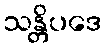
သန္တိပဒေ